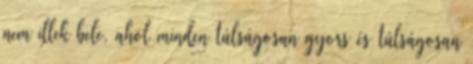
nem illek bele, ahol minden túlságosan gyors és túlságosan